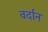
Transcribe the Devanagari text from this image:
वर्दान